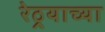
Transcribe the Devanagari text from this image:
रेठर्‍याच्या